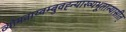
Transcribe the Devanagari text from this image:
व्योमवाय्वम्बुवह्न्याख्यभूतान्यासीत्